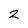
Character: 2